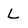
Character: L